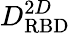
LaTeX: D_{\mathrm{RBD}}^{2D}